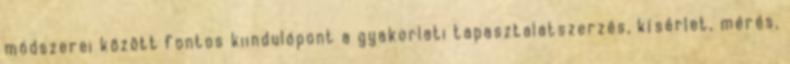
módszerei között fontos kiindulópont a gyakorlati tapasztalatszerzés, kísérlet, mérés,